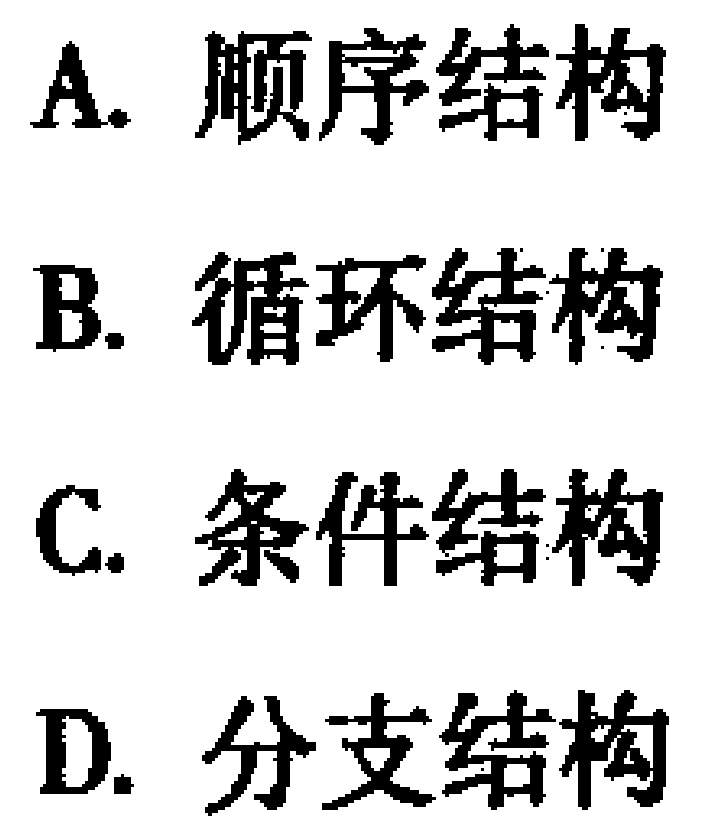
A. 顺序结构
B. 循环结构
C. 条件结构
D. 分支结构